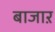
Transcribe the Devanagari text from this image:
बाजाऱ